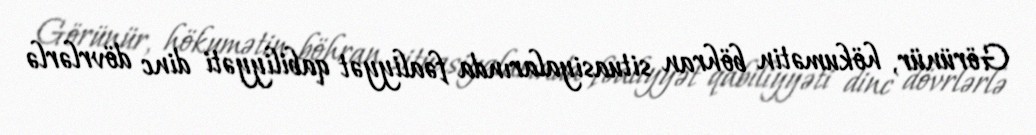
Görünür, hökumətin böhran situasiyalarında fəaliyyət qabiliyyəti dinc dövrlərlə